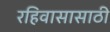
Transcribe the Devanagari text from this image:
रहिवासासाठी